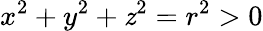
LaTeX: x^{2}+y^{2}+\mathit{z}^{2}=r^{2}>0